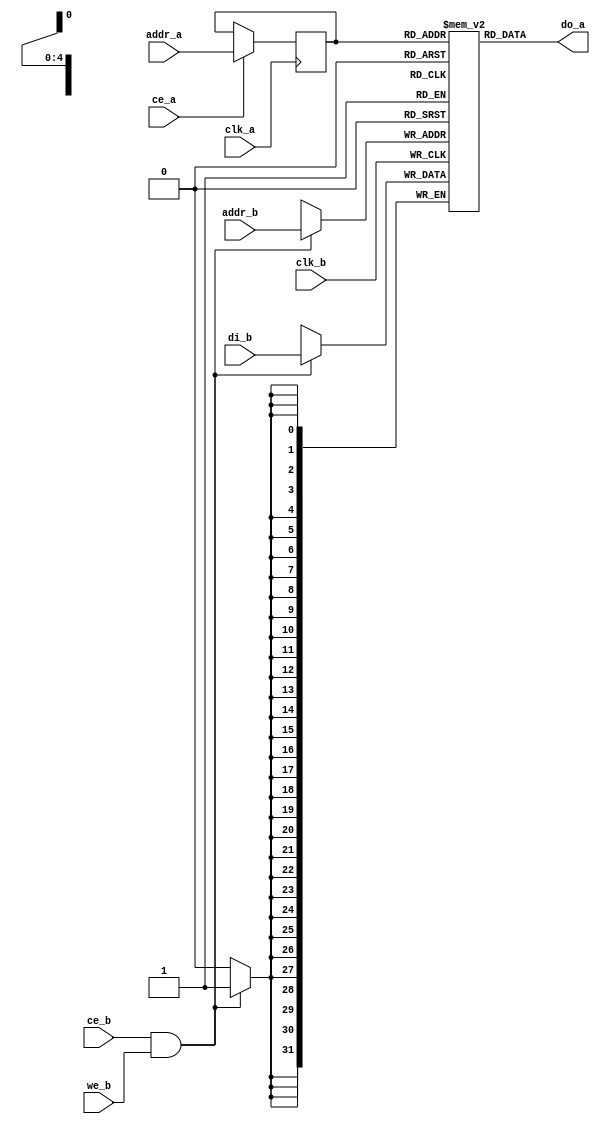
module or1200_dpram
  (
   // Generic synchronous double-port RAM interface
   clk_a, ce_a, addr_a, do_a,
   clk_b, ce_b, we_b, addr_b, di_b
   );
   
   //
   // Default address and data buses width
   //
   parameter aw = 5;
   parameter dw = 32;
   
   //
   // Generic synchronous double-port RAM interface
   //
   input			clk_a;	// Clock
   input			ce_a;	// Chip enable input
   input [aw-1:0] 		addr_a;	// address bus inputs
   output [dw-1:0] 		do_a;	// output data bus
   input			clk_b;	// Clock
   input			ce_b;	// Chip enable input
   input			we_b;	// Write enable input
   input [aw-1:0] 		addr_b;	// address bus inputs
   input [dw-1:0] 		di_b;	// input data bus
   
   //
   // Internal wires and registers
   //
   
   //
   // Generic double-port synchronous RAM model
   //
   
   //
   // Generic RAM's registers and wires
   //
   reg [dw-1:0] 		mem [(1<<aw)-1:0] /*synthesis syn_ramstyle = "no_rw_check"*/;	// RAM content
   reg [aw-1:0] 		addr_a_reg = 0;		// RAM address registered
   integer 			k;

   initial begin 
      for(k = 0; k < (1 << aw); k = k + 1)
      begin
         mem[k] = 0;
      end
   end


   // Function to access GPRs (for use by Verilator). No need to hide this one
   // from the simulator, since it has an input (as required by IEEE 1364-2001).
   function [31:0] get_gpr;
      // verilator public
      input [aw-1:0] 		gpr_no;

      get_gpr = mem[gpr_no];
      
   endfunction // get_gpr

   function [31:0] set_gpr;
      // verilator public
      input [aw-1:0] 		gpr_no;
      input [dw-1:0] 		value;
      begin
	 mem[gpr_no] = value;
	 set_gpr = 0;
      end
   endfunction // get_gpr
   
   //
   // Data output drivers
   //
   //assign do_a = (oe_a) ? mem[addr_a_reg] : {dw{1'b0}};
   assign do_a = mem[addr_a_reg];
   
   
   //
   // RAM read
   //
   always @(posedge clk_a)
     if (ce_a)
       addr_a_reg <=  addr_a;
   
   //
   // RAM write
   //
   always @(posedge clk_b)
     if (ce_b & we_b)
       mem[addr_b] <=  di_b;
   
endmodule